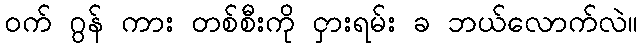
ဝက် ဂွန် ကား တစ်စီးကို ငှားရမ်း ခ ဘယ်လောက်လဲ။